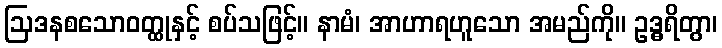
ဩဒနစသောဝတ္ထုနှင့် စပ်သဖြင့်။ နာမံ၊ အာဟာရဟူသော အမည်ကို။ ဥဒ္ဓရိတွာ၊